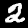
Digit: 2